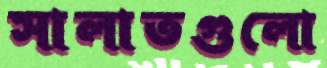
সালাতগুলো